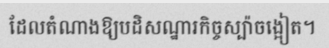
ដែលតំណាងឱ្យបដិសណ្ឋារកិច្ចស្ប៉ាចង្អៀត។